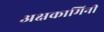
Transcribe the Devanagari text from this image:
अक्षकामिनी